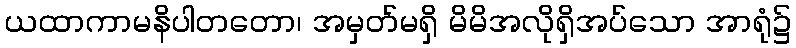
ယထာကာမနိပါတတော၊ အမှတ်မရှိ မိမိအလိုရှိအပ်သော အာရုံ၌